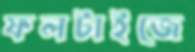
ফলটাইজে